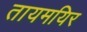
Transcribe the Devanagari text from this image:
तायमयिर